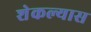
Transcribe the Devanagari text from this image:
शेकल्यास